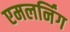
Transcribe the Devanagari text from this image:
एमलर्निंग